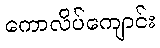
ကောလိပ်ကျောင်း